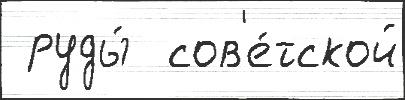
 руды́  сов'е́тской